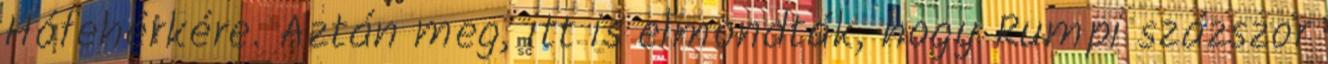
Hófehérkére. Aztán meg, itt is elmondták, hogy Rumpi százszor